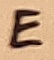
Text: E